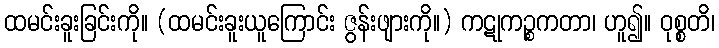
ထမင်းခူးခြင်းကို။ (ထမင်းခူးယူကြောင်း ဇွန်းဖျားကို။) ကဋုကဉ္စကတာ၊ ဟူ၍။ ဝုစ္စတိ၊